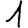
Digit: 1